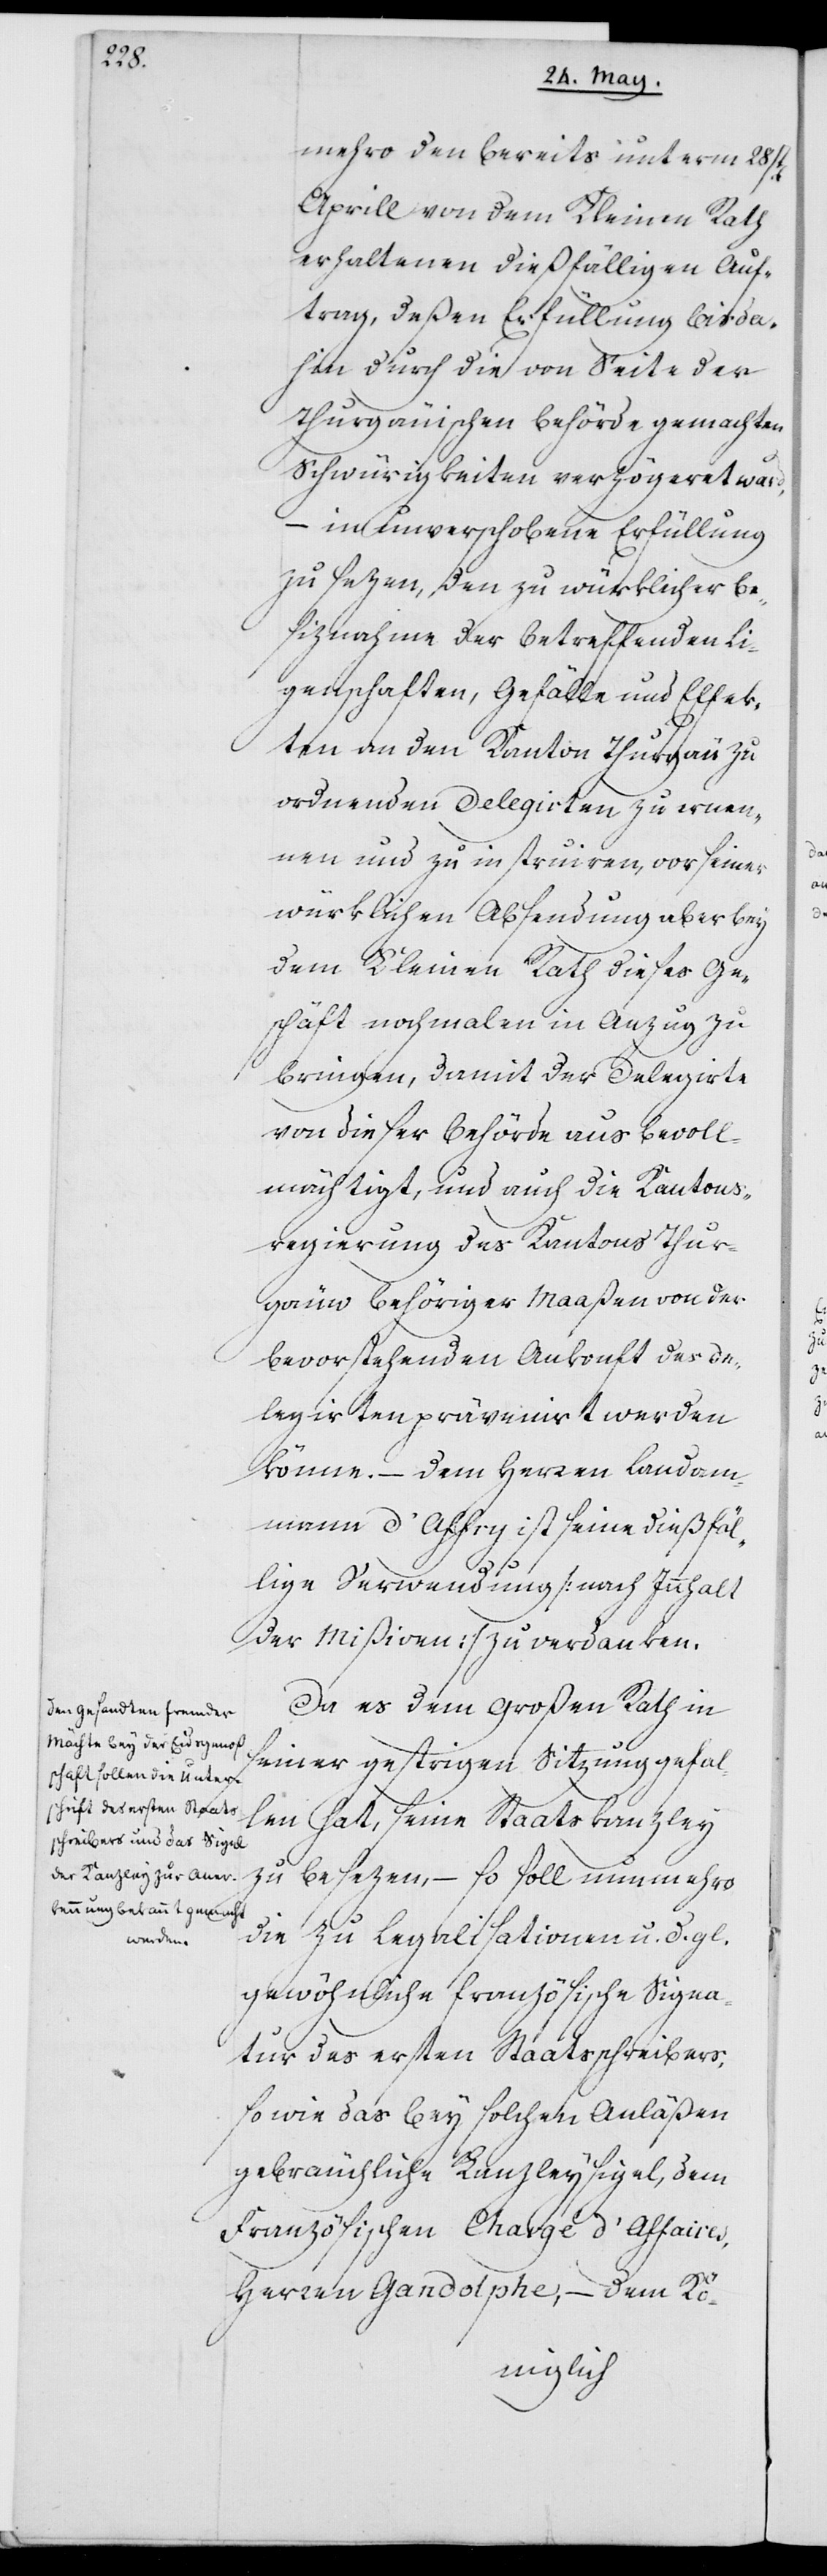
mehro den bereits unterm 28sten
Aprill von dem Kleinen Rath
erhaltenen dießfälligen Auf¬
trag, deßen Erfüllung bis da¬
hin durch die von Seite der
Thurgauischen Behörde gemachten
Schwürigkeiten verzögeret ward,
– in unverschobene Erfüllung
zu sezen, den zu würklicher Be¬
siznahme der betreffenden Li¬
genschaften, Gefälle und Effek¬
ten an den Kanton Thurgau zu
ordnenden Delegirten zu ernen¬
nen, und zu instruiren, vor seiner
würklichen Absendung aber bey
dem Kleinen Rath dieses Ge¬
schäft nochmalen in Anzug zu
bringen, damit der Delegirte
von dieser Behörde aus bevoll¬
mächtigt, und auch die Kantons¬
regierung des Kantons Thur¬
gau behöriger Maaßen von der
bevorstehenden Ankunft des De¬
legirten prävenirt werden
könne. – Dem Herren Landam¬
man d’Affry ist seine dießfäl¬
lige Verwendung (nach Innhalt
der Mißiven) zu verdanken.
Da es dem Großen Rath in
seiner gestrigen Sitzung gefal¬
len hat, seine Staatskanzley
zu besezen, – so soll nunmehro
die zu Legalisationen u. d. gl.
gewöhnliche französische Signa¬
tur des ersten Staatsschreibers,
sowie das bey solchen Anläßen
gebräuchliche Kanzleysigel, dem
Französischen Chargé d’Affaires,
Herren Gandolphe, – dem Kö-